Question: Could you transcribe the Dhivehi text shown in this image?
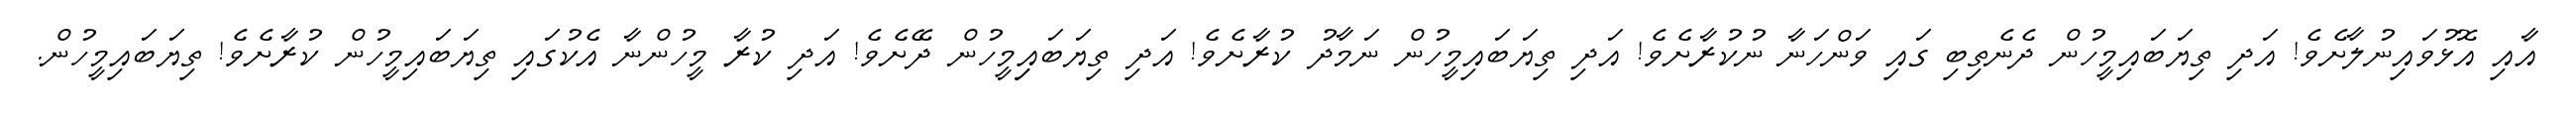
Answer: އާއި އޮޅުވައިނުލާށެވެ! އަދި ތިޔަބައިމީހުން ދެނެތިބި ގައި ވަންހަނާ ނުކުރާށެވެ! އަދި ތިޔަބައިމީހުން ނަމާދު ކުރާށެވެ! އަދި ތިޔަބައިިމީހުން ދޭށެވެ! އަދި ކުރާ މީހުންނާ އެކުގައި ތިޔަބައިމީހުން ކުރާށެވެ! ތިޔަބައިމީހުން.